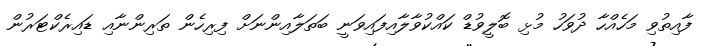
ފާއިތުވި މަހެއްހާ ދުވަހު މުޅި ބޮލީވުޑް ކައްކުވާލާއިފައިވަނީ ބަތަލާއިންނަށް ފިރިހެން ތަރިންނާއި ޑައިރެކްޓަރުން